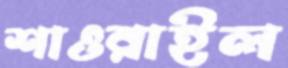
শাওরাইল